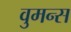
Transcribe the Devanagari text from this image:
वुमन्स